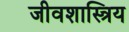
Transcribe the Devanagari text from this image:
जीवशास्त्रिय